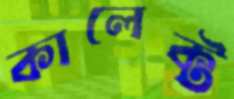
কালেক্ট